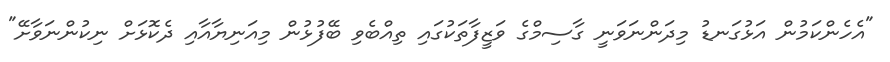
"އެހެންކަމުން އަޅުގަނޑު މިދަންނަވަނީ ގާސިމްގެ ވަޒީފާތަކުގައި ތިއްބެވި ބޭފުޅުން މިއަނިޔާއާއި ދެކޮޅަށް ނިކުންނަވާށޭ"